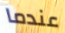
عندما